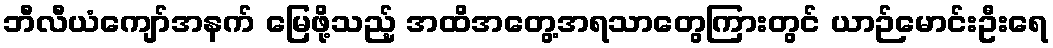
ဘီလီယံကျော်အနက် မြေဖို့သည့် အထိအတွေ့အရသာတွေကြားတွင် ယာဉ်မောင်းဦးရေ